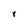
Character: r